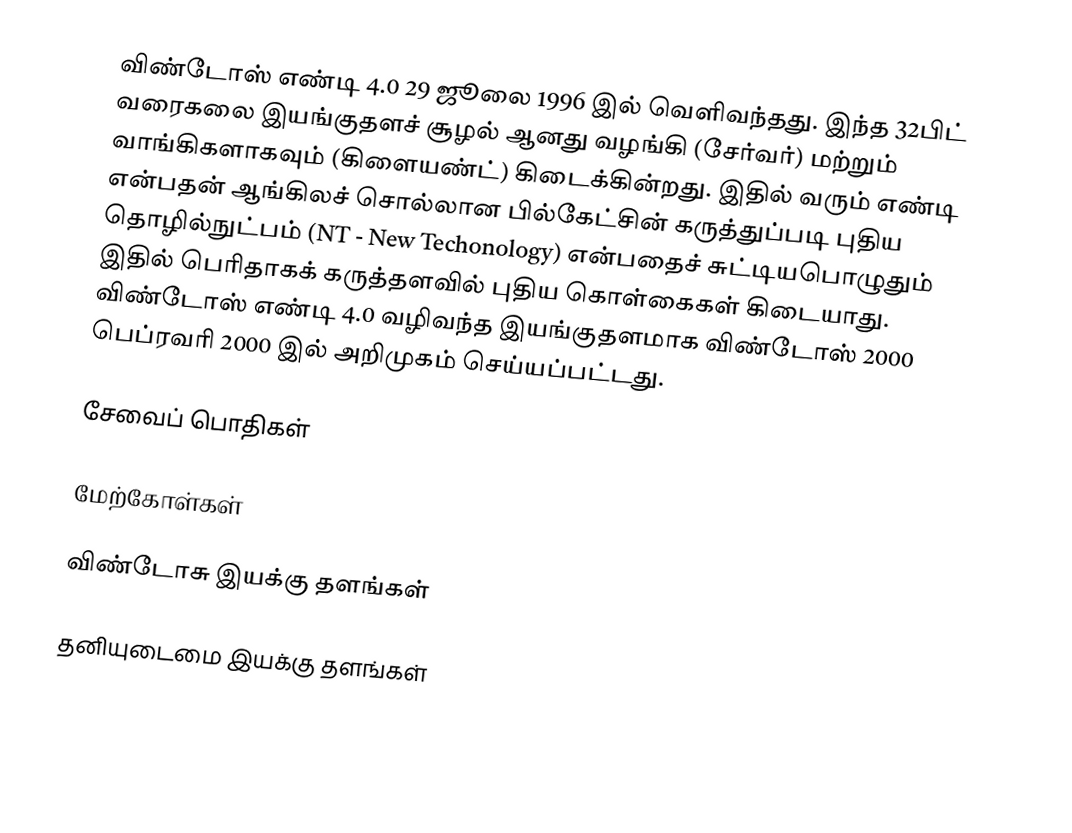
விண்டோஸ் எண்டி 4.0 29 ஜூலை 1996 இல் வெளிவந்தது. இந்த 32பிட் வரைகலை இயங்குதளச் சூழல் ஆனது வழங்கி (சேர்வர்) மற்றும் வாங்கிகளாகவும் (கிளையண்ட்) கிடைக்கின்றது. இதில் வரும் எண்டி என்பதன் ஆங்கிலச் சொல்லான பில்கேட்சின் கருத்துப்படி புதிய தொழில்நுட்பம் (NT - New Techonology) என்பதைச் சுட்டியபொழுதும் இதில் பெரிதாகக் கருத்தளவில் புதிய கொள்கைகள் கிடையாது. விண்டோஸ் எண்டி 4.0 வழிவந்த இயங்குதளமாக விண்டோஸ் 2000 பெப்ரவரி 2000 இல் அறிமுகம் செய்யப்பட்டது.

சேவைப் பொதிகள்

மேற்கோள்கள்

விண்டோசு இயக்கு தளங்கள்

தனியுடைமை இயக்கு தளங்கள்